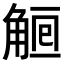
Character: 𧣰